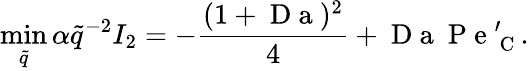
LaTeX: \operatorname*{min}_{\tilde{q}}{\alpha\tilde{q}^{-2}I_{2}}=-\frac{(1+\mathrm{~D~a~})^{2}}{4}+\mathrm{~D~a~}\mathrm{~P~e~}_{\mathrm{~C~}}^{\prime}.